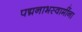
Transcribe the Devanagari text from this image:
पद्मनाभस्वामींना